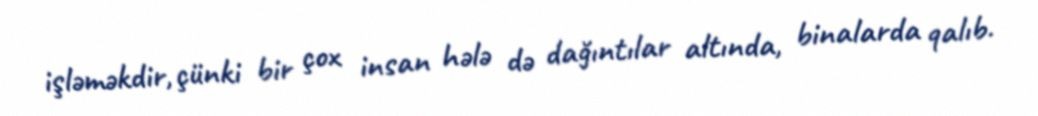
işləməkdir, çünki bir çox insan hələ də dağıntılar altında, binalarda qalıb.